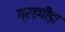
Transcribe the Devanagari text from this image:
ग्रहपीड़ा